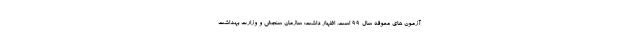
آزمون های معوقه سال ۹۹ است، اظهار داشت: سازمان سنجش و وزارت بهداشت